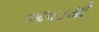
આવડયો